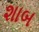
શાબ